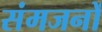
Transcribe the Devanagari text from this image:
संमजनों